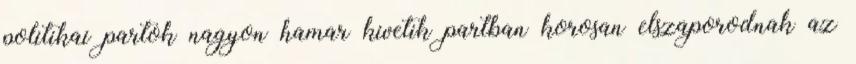
politikai partok nagyon hamar kivetik partban korosan elszaporodnak az